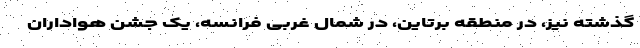
گذشته نیز، در منطقه برتاین، در شمال غربی فرانسه، یک جشن هواداران